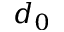
d _ { 0 }